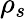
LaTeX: \rho_{s}